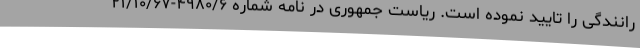
رانندگی را تایید نموده است. ریاست جمهوری در نامه شماره ۴۹۸۰/۶-۲۱/۱۰/۶۷